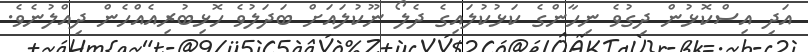
އަދި އިސްކޮޅުން ދިގުވެ ނިހާންގެ ކަޅުކުލައިގެ ދެލޯ ނޫކުލައަށް ބަދަލުވެ ހޮޅިބުރިއެއްހެން ދިއްލުނެވެ.